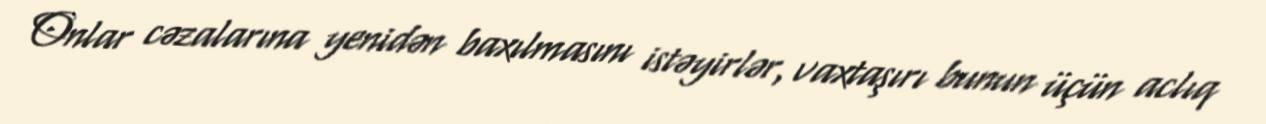
Onlar cəzalarına yenidən baxılmasını istəyirlər, vaxtaşırı bunun üçün aclıq